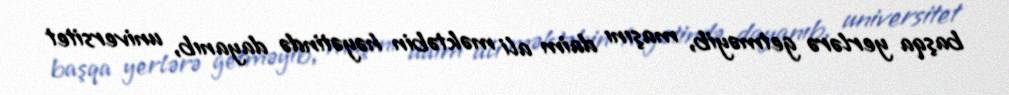
başqa yerlərə getməyib, maşını daim ali məktəbin həyətində dayanıb, universitet